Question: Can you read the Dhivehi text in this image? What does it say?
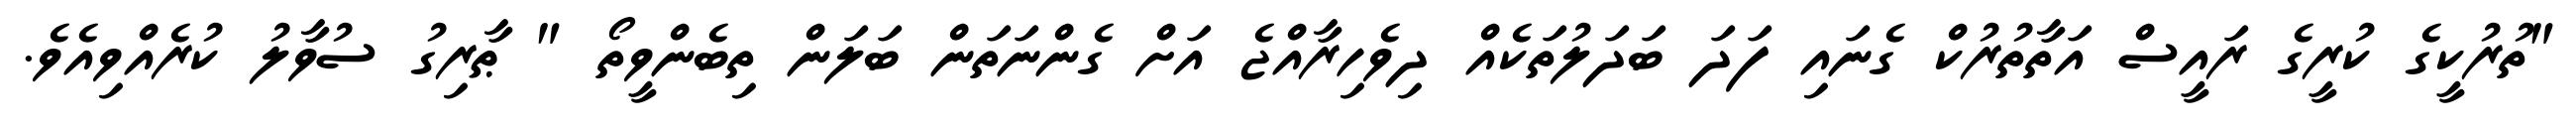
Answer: "ތުރުކީގެ ކުރީގެ ރައީސް އަތާތުރުކް ގެނައި ފަދަ ބަދަލުތަކެއް ދިވެހިރާއްޖެ އަށް ގެންނަތަން ބަލަން ތިބެންވީތޯ " ޠާރިގު ސުވާލު ކުރެއްވިއެވެ.